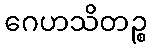
ဂေဟသိတဉ္စ